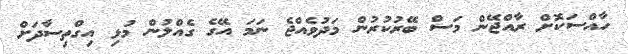
ހާއްސަކޮށް ރާއްޖޭން މަސް ބޭރުކުރުން މަދުވެއްޖެ ނަމަ އޭގެ ގެއްލުން މުޅި އިގްތިސާދަށް